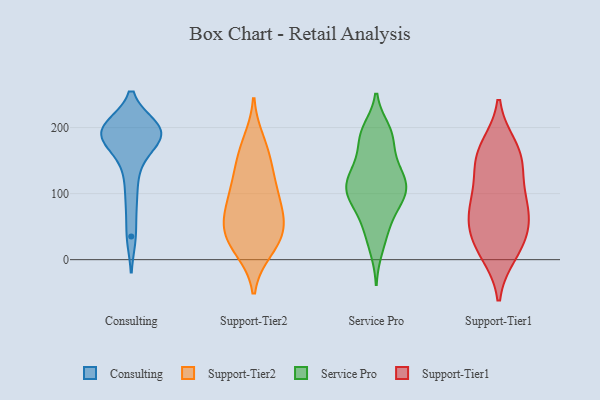
{"axis": {"x": "Market Share (%)", "y": "Value"}, "legend": ["Consulting", "Service Pro", "Support-Tier1", "Support-Tier2"], "data": [{"x": "", "y": 200, "type": "Consulting"}, {"x": "", "y": 167, "type": "Consulting"}, {"x": "", "y": 190, "type": "Consulting"}, {"x": "", "y": 197, "type": "Consulting"}, {"x": "", "y": 200, "type": "Consulting"}, {"x": "", "y": 131, "type": "Consulting"}, {"x": "", "y": 88, "type": "Consulting"}, {"x": "", "y": 185, "type": "Consulting"}, {"x": "", "y": 191, "type": "Consulting"}, {"x": "", "y": 193, "type": "Consulting"}, {"x": "", "y": 35, "type": "Consulting"}, {"x": "", "y": 55, "type": "Support-Tier2"}, {"x": "", "y": 46, "type": "Support-Tier2"}, {"x": "", "y": 15, "type": "Support-Tier2"}, {"x": "", "y": 73, "type": "Support-Tier2"}, {"x": "", "y": 18, "type": "Support-Tier2"}, {"x": "", "y": 39, "type": "Support-Tier2"}, {"x": "", "y": 37, "type": "Support-Tier2"}, {"x": "", "y": 78, "type": "Support-Tier2"}, {"x": "", "y": 123, "type": "Support-Tier2"}, {"x": "", "y": 163, "type": "Support-Tier2"}, {"x": "", "y": 143, "type": "Support-Tier2"}, {"x": "", "y": 106, "type": "Support-Tier2"}, {"x": "", "y": 178, "type": "Support-Tier2"}, {"x": "", "y": 96, "type": "Support-Tier2"}, {"x": "", "y": 51, "type": "Service Pro"}, {"x": "", "y": 136, "type": "Service Pro"}, {"x": "", "y": 97, "type": "Service Pro"}, {"x": "", "y": 117, "type": "Service Pro"}, {"x": "", "y": 44, "type": "Service Pro"}, {"x": "", "y": 131, "type": "Service Pro"}, {"x": "", "y": 186, "type": "Service Pro"}, {"x": "", "y": 189, "type": "Service Pro"}, {"x": "", "y": 190, "type": "Service Pro"}, {"x": "", "y": 157, "type": "Service Pro"}, {"x": "", "y": 16, "type": "Service Pro"}, {"x": "", "y": 88, "type": "Service Pro"}, {"x": "", "y": 104, "type": "Service Pro"}, {"x": "", "y": 102, "type": "Service Pro"}, {"x": "", "y": 110, "type": "Service Pro"}, {"x": "", "y": 73, "type": "Service Pro"}, {"x": "", "y": 139, "type": "Service Pro"}, {"x": "", "y": 197, "type": "Service Pro"}, {"x": "", "y": 103, "type": "Service Pro"}, {"x": "", "y": 79, "type": "Support-Tier1"}, {"x": "", "y": 160, "type": "Support-Tier1"}, {"x": "", "y": 19, "type": "Support-Tier1"}, {"x": "", "y": 94, "type": "Support-Tier1"}, {"x": "", "y": 52, "type": "Support-Tier1"}, {"x": "", "y": 11, "type": "Support-Tier1"}, {"x": "", "y": 31, "type": "Support-Tier1"}, {"x": "", "y": 146, "type": "Support-Tier1"}, {"x": "", "y": 91, "type": "Support-Tier1"}, {"x": "", "y": 169, "type": "Support-Tier1"}, {"x": "", "y": 60, "type": "Support-Tier1"}, {"x": "", "y": 149, "type": "Support-Tier1"}]}